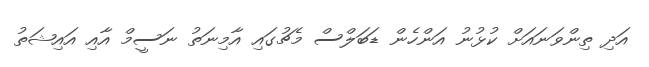
އަދި ތިންވަނައަށް ކުޅުނު އަންހެން ޑަބަލްސް މެޗުގައި އާމިނަތު ނަސީމް އާއި އައިޝަތު